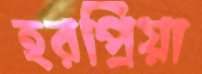
হরপ্রিয়া